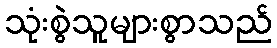
သုံးစွဲသူများစွာသည်